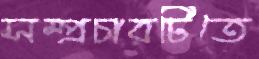
সম্প্রচারটিতে